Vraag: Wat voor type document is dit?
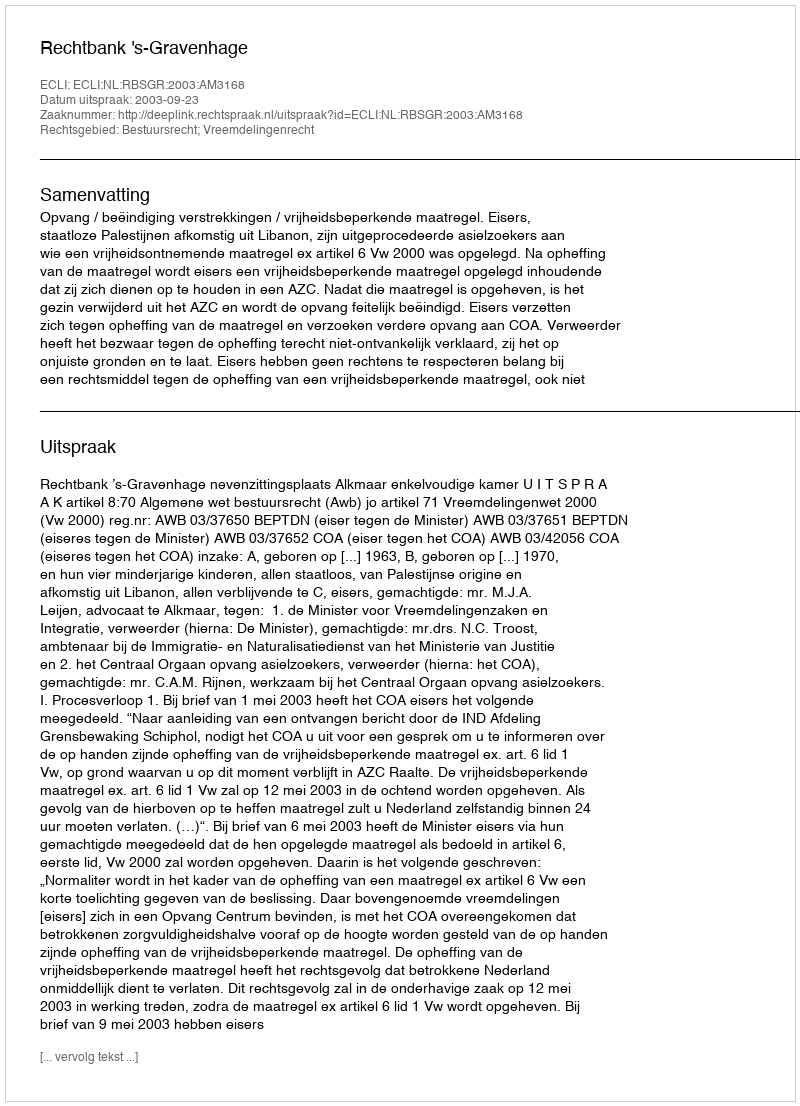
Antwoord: Uitspraak